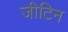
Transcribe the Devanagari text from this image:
जीटिन